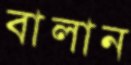
বালান